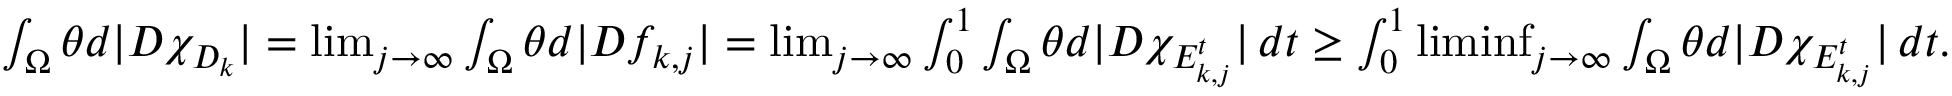
\begin{array} { r } { \int _ { \Omega } \theta d | D \chi _ { D _ { k } } | = \operatorname* { l i m } _ { j \to \infty } \int _ { \Omega } \theta d | D f _ { k , j } | = \operatorname* { l i m } _ { j \to \infty } \int _ { 0 } ^ { 1 } \int _ { \Omega } \theta d | D \chi _ { E _ { k , j } ^ { t } } | \, d t \geq \int _ { 0 } ^ { 1 } \operatorname* { l i m i n f } _ { j \to \infty } \int _ { \Omega } \theta d | D \chi _ { E _ { k , j } ^ { t } } | \, d t . } \end{array}